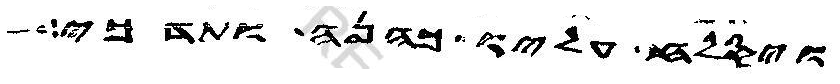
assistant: ויסלח עליו כהנה ותדכי